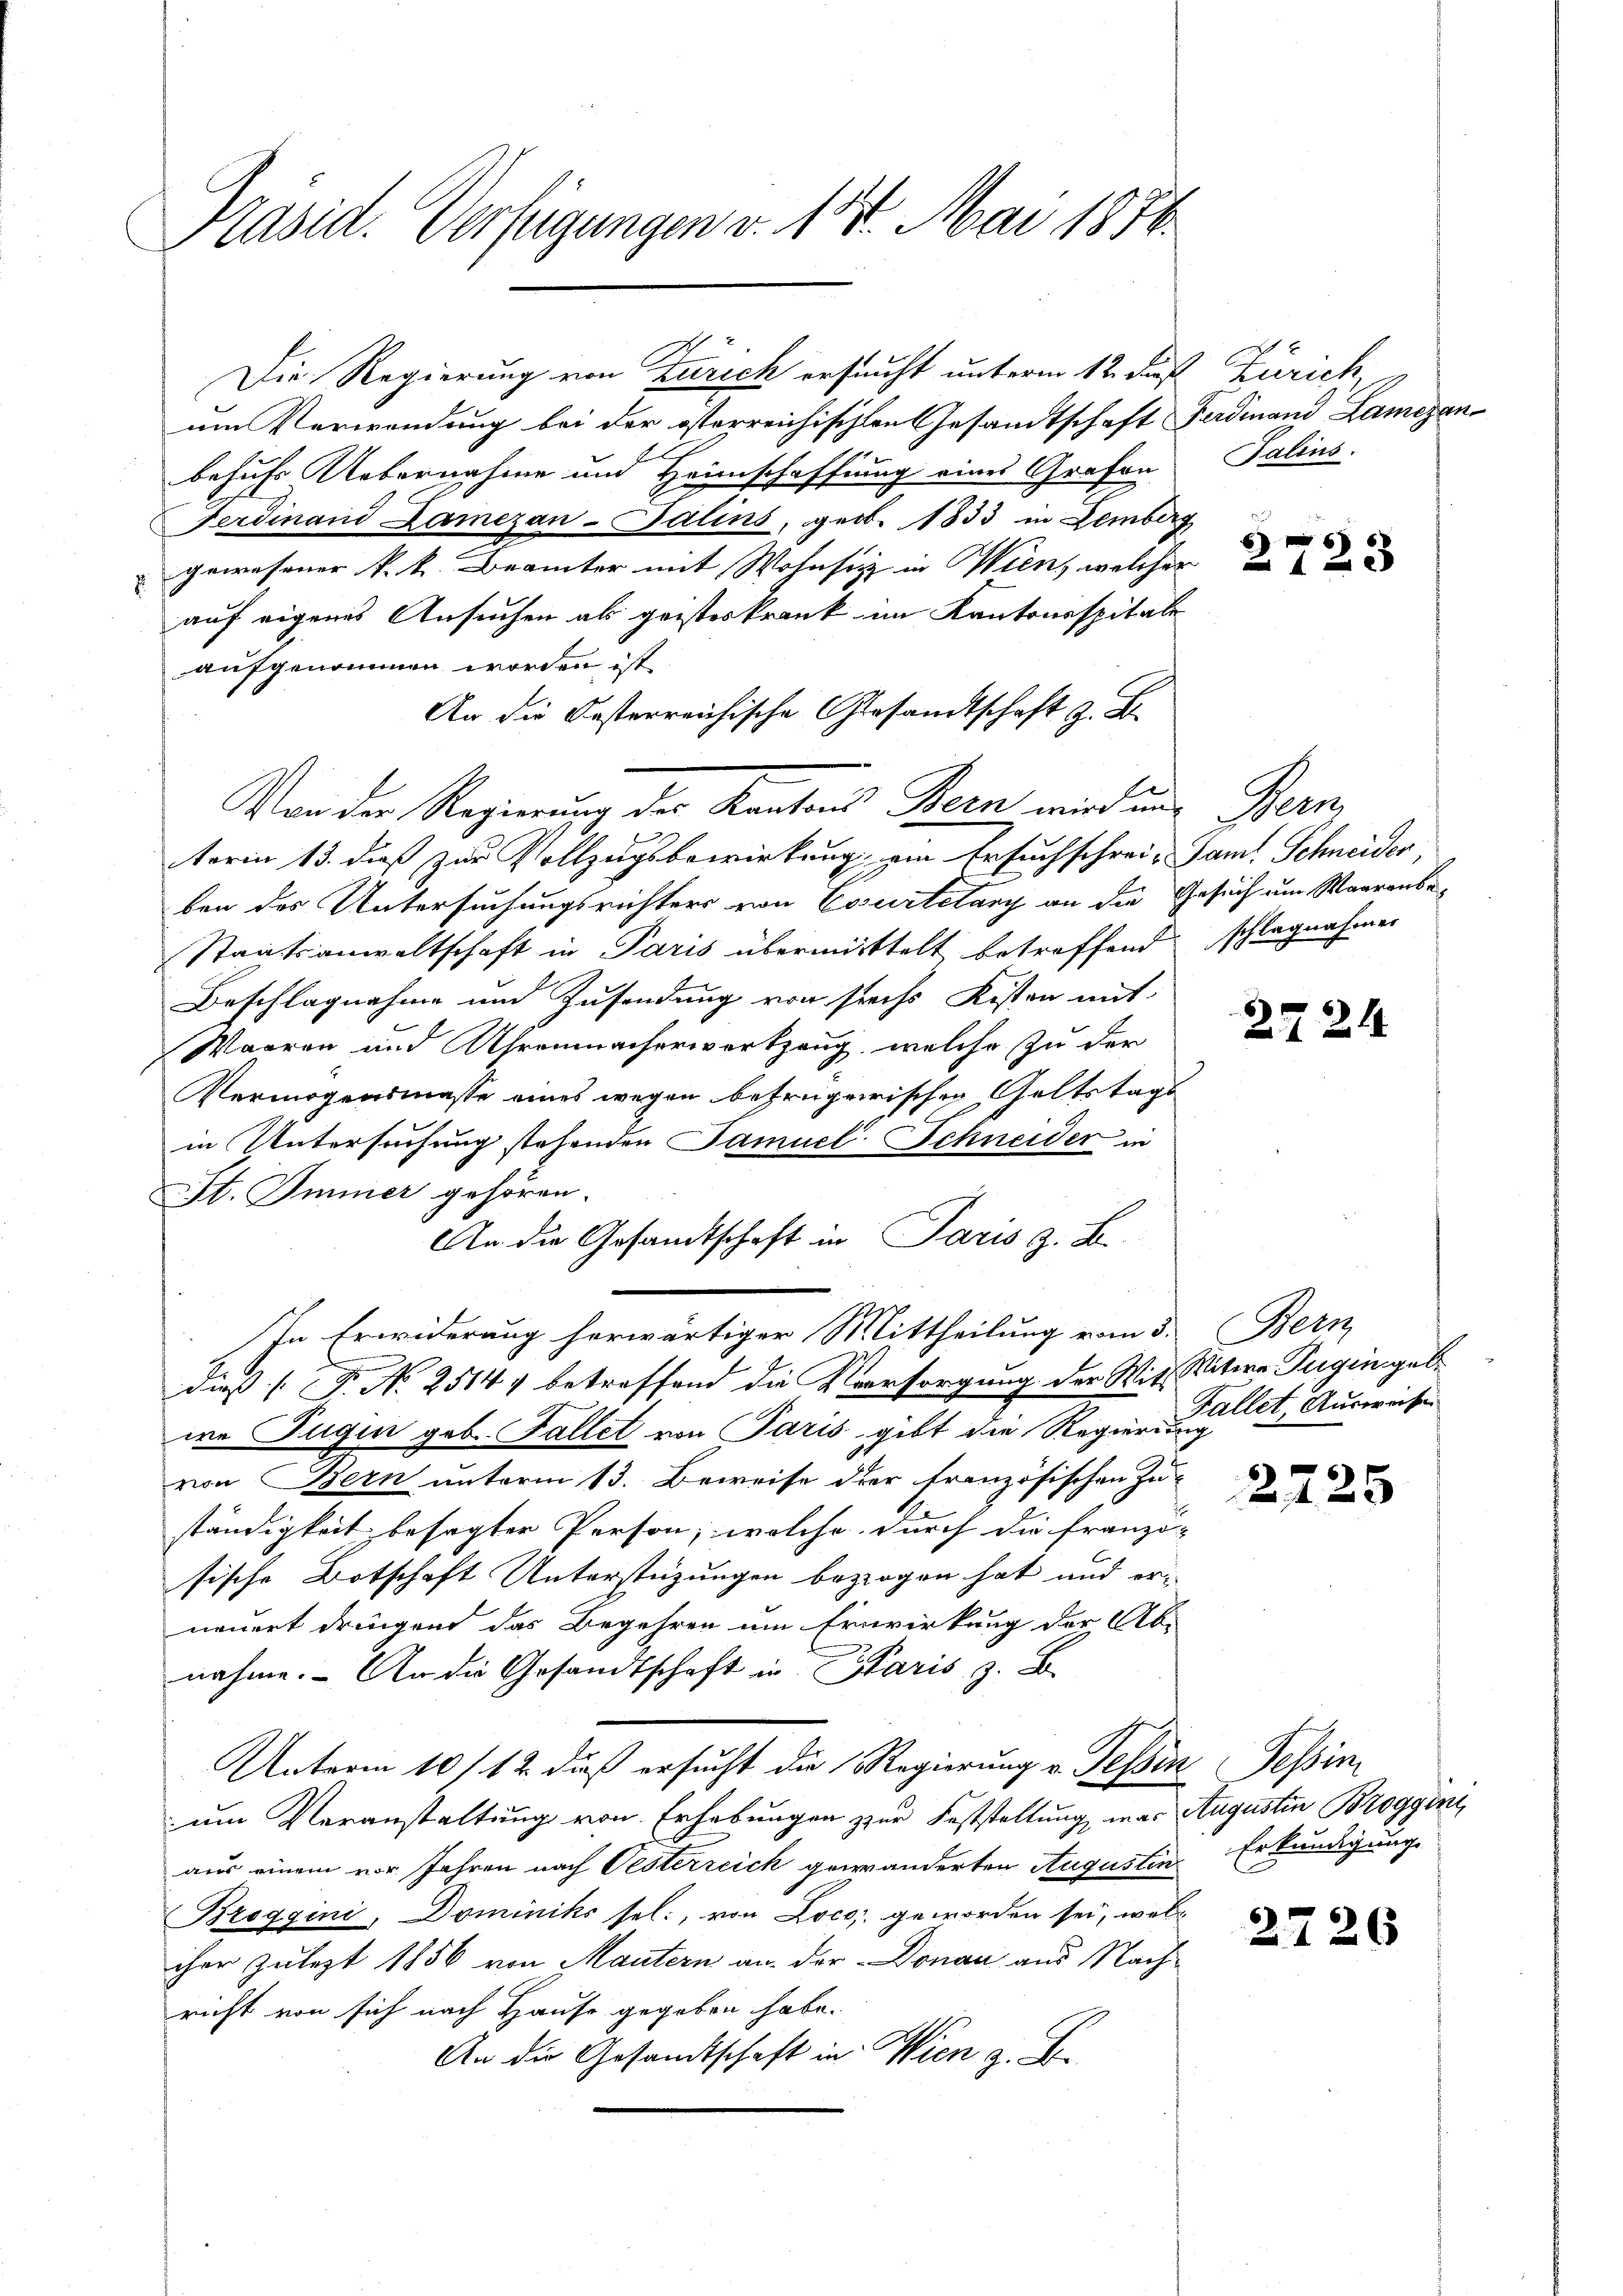
Präsid. Verfügungen v. 14. Mai 1874.

Die Regierung von Zürich ersucht unterm 12. daß Zürich,
um Verwendung bei der österreichischen Gesandtschaft Ferdinand Lamezanbehufs Uebernahme und Heimschaffung eines Grafen
Ferdinand Damezan-Balins, geb. 1833 in Lemberg
gewesener k. k. Beamter mit Wohnsitz in Wien, welcher
auf eigenes Ansuchen als geisteskrank im Kantonsspitale
aufgenommen worden ist
An die Oesterreichische Gesandtschaft z. B.
Vor der Regierung der Kantons Bern wird und
terin 13. dieß zur Vollzugsbewirkung zu Ersuchschreie Saml Schneider,
ben des Untersuchungsrichters von Courtelang an die Gesuch um Waarenbe¬
Staatsanwaltschaft in Paris übermittelt betreffend
Beschlagnahme und Zusendung von sechs Kosten mit
Waaren und Ahrenmacherwerkzeug, welche zu der
Vermögensmasse eines wegen betrügerischen Geltstags
in Untersuchung stehenden Samuel Schneider in
St. Immer gehören.
An die Gesandtschaft in Paris z. B.
In Erwiderung herwärtiger Mittheilung vom 5. Bern
.
dieß P. No 2514 betreffend die Versorgung der WitsSitwe Tugingeb
we Jugen geb. Fallet von Paris gibt die Regierung
von Bern unterm 13. Beweise der französischen Zu
ständigkeit besagter Person, welche durch die franzö-
sische Botschaft Unterstüzungen bezogen hat und erneuert dringend das Begehren um Erwirkung der Ab-
nahme. An die Gesandtschaft in Paris z. B.
Unterm 10/12 dieß ersucht die Regierung v. Tessin Tessin,
um Veranstaltung von Erhebungen zur Feststellung, was Augusten Broggent
aus einem vor. Jahren nach Oesterzeich gewänderten Augustin
Bzoggini, Dominiks sel., von Loco, geworden sei, welc
ihre Zulezt 1856 von Mautern an der Donau aus Nachricht von sich nach Hause gegeben habe.
An die Gesandtschaft in Wien z. B.

Salins.

6 x
2123

Sem
schlagnahmen

2724

Fallet, Ausweisen

2725

Erkundigung

2726